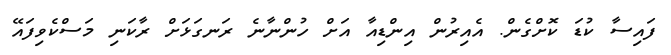
ފައިސާ ކުޑަ ކޮށްގެން. އެއިރުން އިންޑިއާ އަށް ހުންނާނެ ރަނގަޅަށް ރާކަނި މަސްކެވިފައޭ